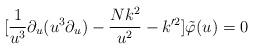
LaTeX: \begin{align*}[\frac{1}{u^{3}}\partial _{u}(u^{3}\partial _{u})-\frac{Nk^{2}}{u^{2}}-k'^{2}]\tilde{\varphi }(u)=0\end{align*}